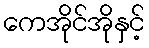
ကေအိုင်အိုနှင့်